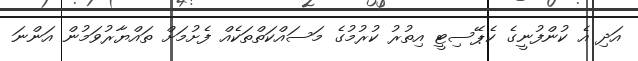
އަދި އެ ކުންފުނީގެ ކެޕޭސިޓީ އިތުރު ކުރުމުގެ މަސައްކަތްތަކެއް ފެށުމަށް ތައްޔާރުވަމުން އަންނަ